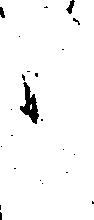
か